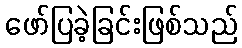
ဖော်ပြခဲ့ခြင်းဖြစ်သည်